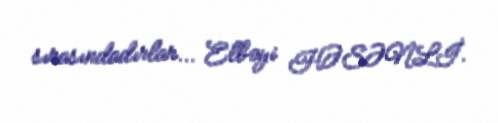
sırasındadırlar... Elbəyi HƏSƏNLİ.